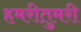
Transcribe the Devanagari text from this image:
हमरीतुमरी